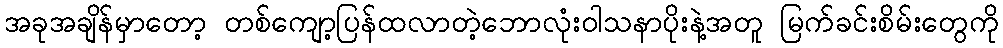
အခုအချိန်မှာတော့ တစ်ကျော့ပြန်ထလာတဲ့ဘောလုံးဝါသနာပိုးနဲ့အတူ မြက်ခင်းစိမ်းတွေကို